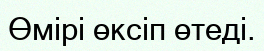
Өмірі өксіп өтеді.